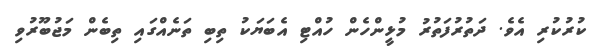
ކުރުކުރި އެވެ. ދަތުރުފަތުރު މުޅީންހެން ހުއްޓި އެބަޔަކު ތިބި ތަނެއްގައި ތިބެން މަޖުބޫރުވި